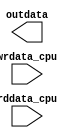
module data_source_mux (
   input wire [31:0] wrdata_cpu,
	input wire [31:0] rddata_cpu,
	output reg [31:0] outdata
);

endmodule